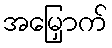
အမြှောက်